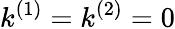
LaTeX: k^{(1)}=k^{(2)}=0